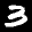
Label: 3